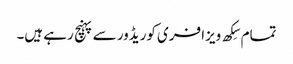
تمام سِکھ ویزا فری کوریڈور سے پہنچ رہے ہیں۔